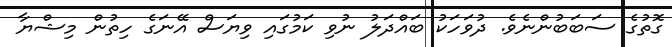
ގޮތުގެ ސަބަބުންނެވެ. ދުވަހަކު ބައްދަލު ނުވި ކަމުގައި ވިޔަސް އޭނަގެ ހިތުން މިޝްޔާ